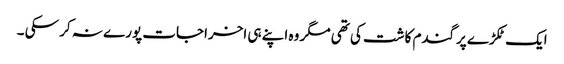
ایک ٹکڑے پرگندم کاشت کی تھی مگر وہ اپنے ہی اخراجات پورے نہ کر سکی ۔